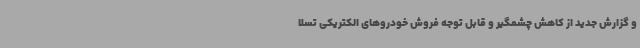
و گزارش جدید از کاهش چشمگیر و قابل توجه فروش خودروهای الکتریکی تسلا